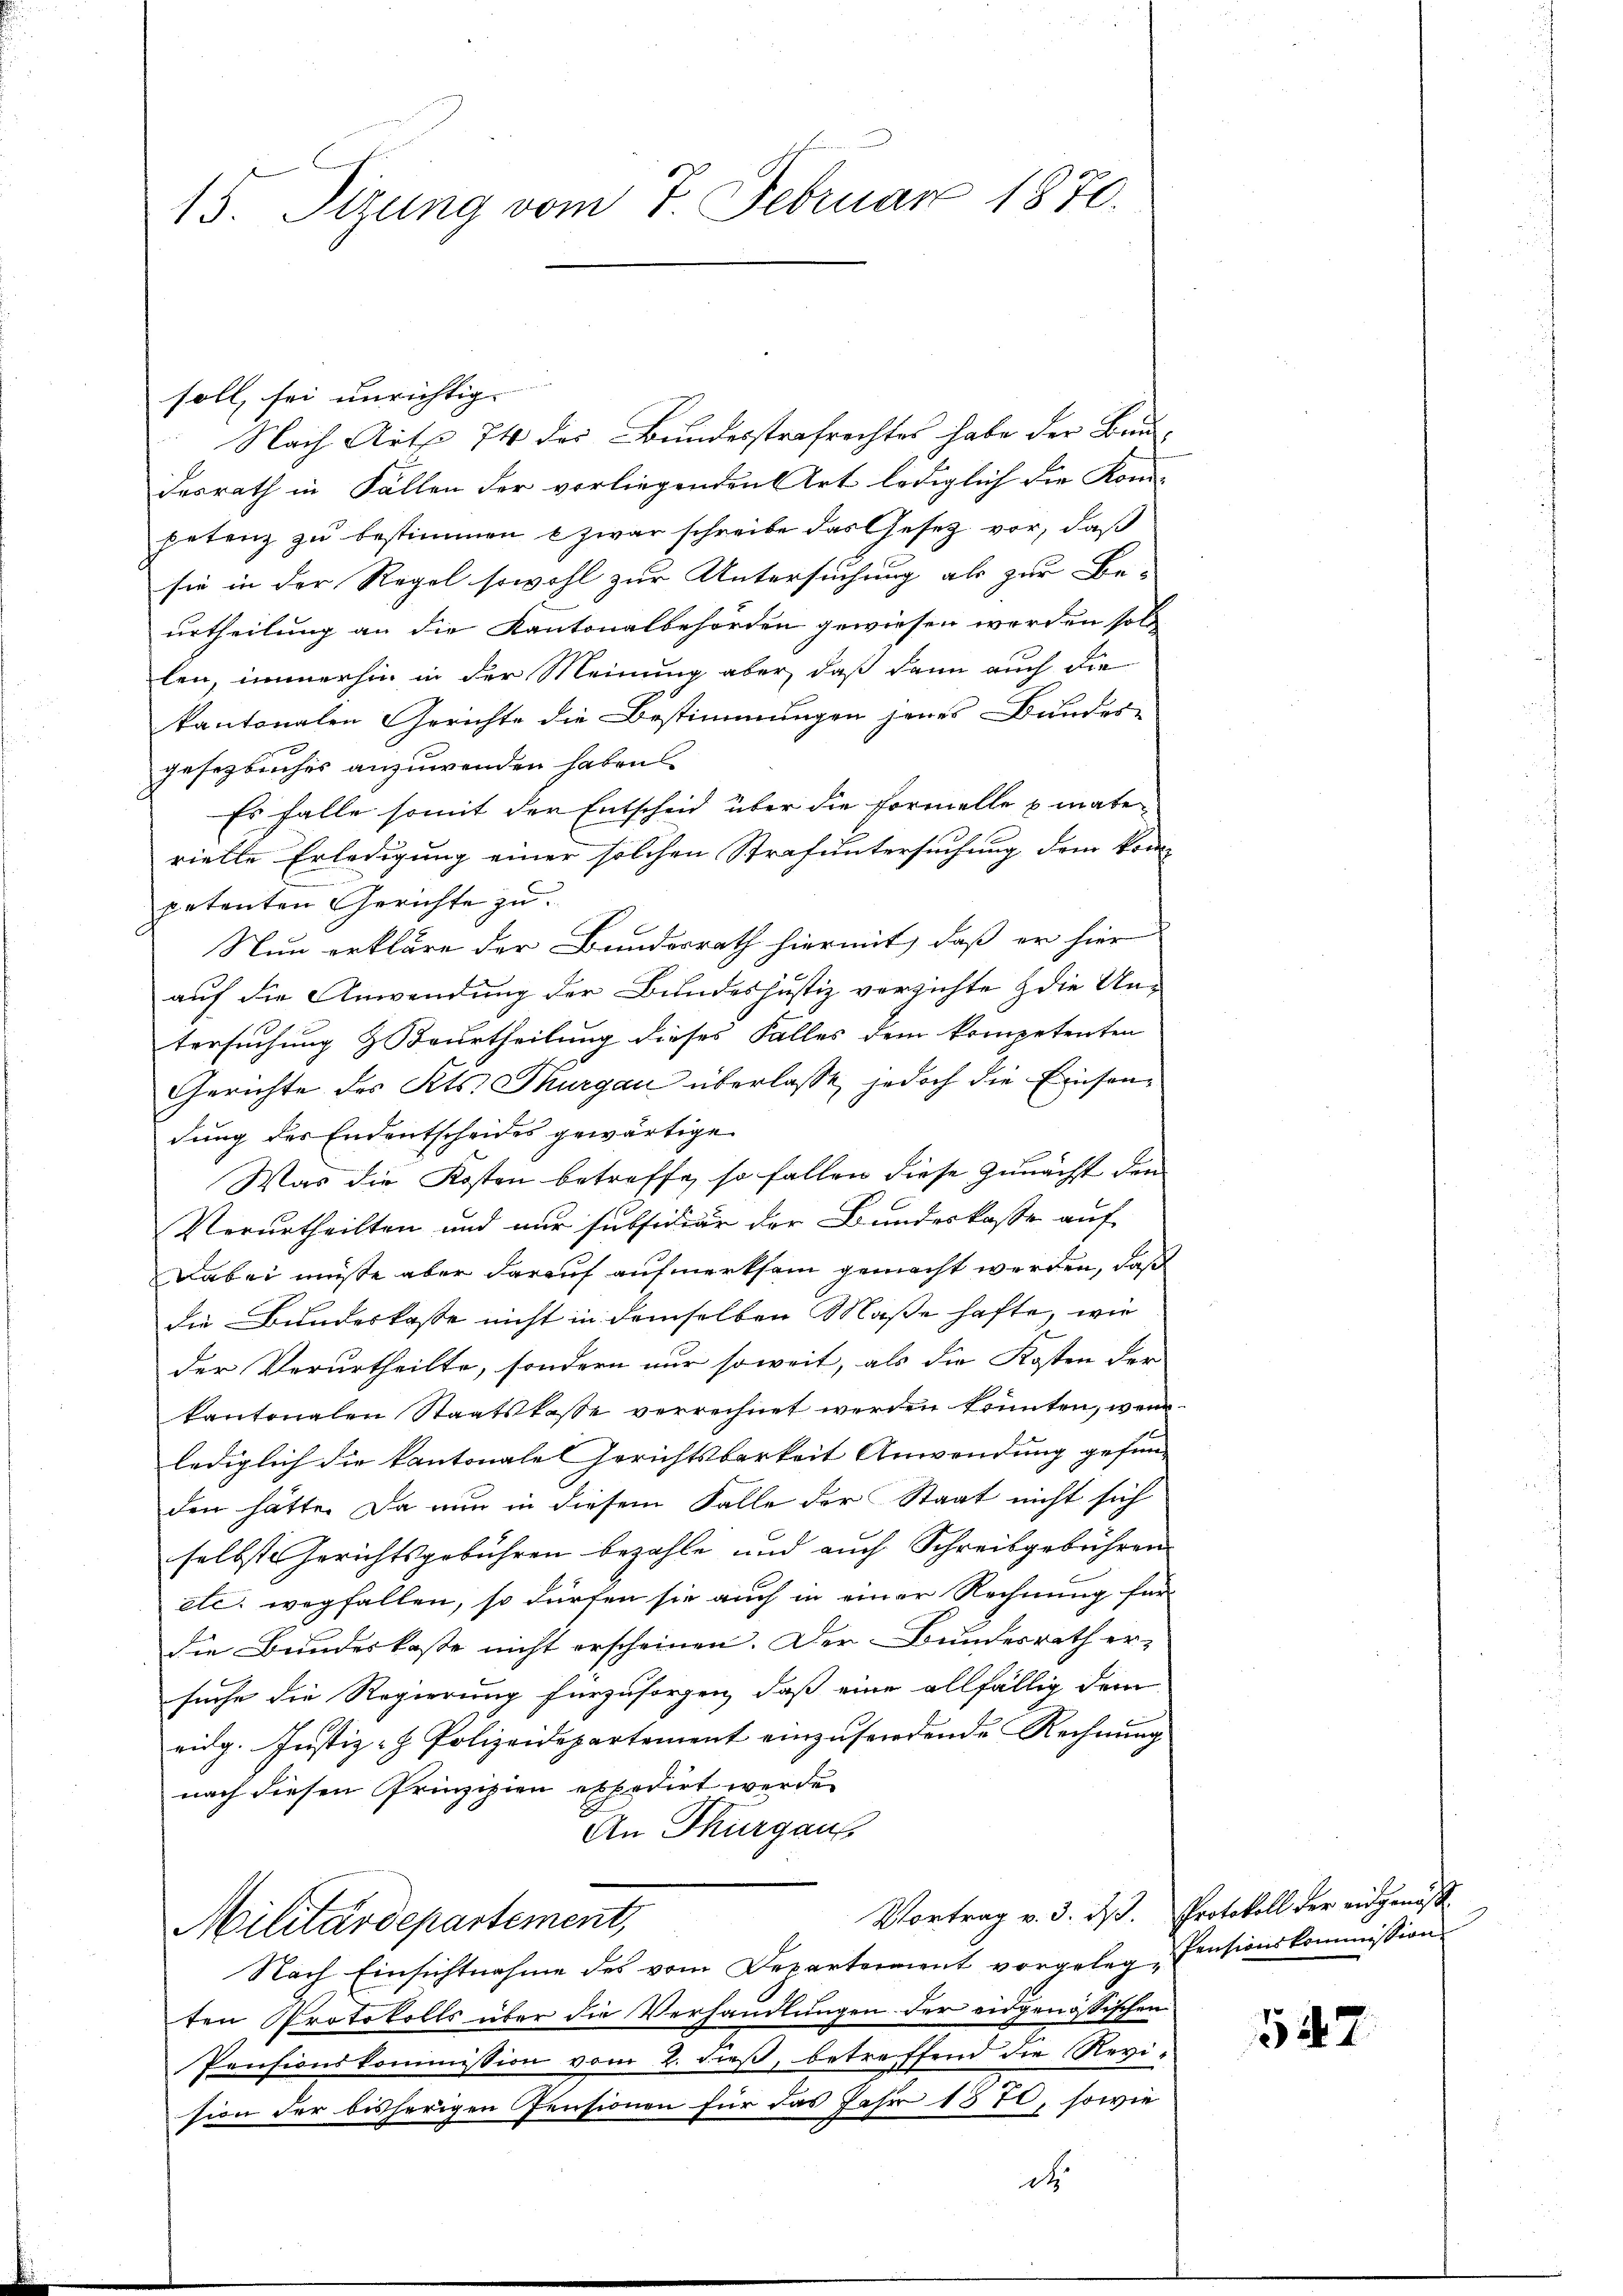
15. Sizung vom 7. Februar 1870.

soll, sei unrichtig.
Nach Art 74 des Bundesstrafrechtes habe der Bau-
desrath in Fällen der vorliegenden Art lediglich die Kom-
petenz zu bestimmen & zwar schreibe das Gesetz vor, daß
sie in der Regel sowohl zur Untersuchung als zur Be-
urtheilung an die Kantonalbehörden gewiesen werden soll
len, immerhin in der Meinung aber, daß dann auch die
kantonalen Gerichte die Bestimmungen jenes Bundes-
gesetzbuches anzuwenden haben
Es falle somit der Entscheid über die Formelle mate-
rielle Erledigung einer solchen Strafuntersuchung dem kompetenten Gerichte zu.
Nun erkläre der Bundesrath hiermit, daß er hier
auf die Anwendung der Bundes Justiz verzichte die Untersuchung & Beurtheilung dieses Falles dem kompetenten
Gerichte des Kts. Thurgau überlasse, jedoch die Einsendung des Endentscheides gewärtige
Was die Kosten betreffe, so fallen diese Zunächst den
Verurtheilten und nur subsidiär der Bundeskasse auf
Dabei müßte aber darauf aufmerksam gemacht werden, daß
die Bundeskasse nicht in demselben Maße hafte, wie
der Verurtheilte, sondern nur soweit, als die Kosten der |
kantonalen Staatskasse verrechnet werden könnten, wenn
lediglich die kantonale Gerichtsbarkeit Anwendung gefun-
den hätte. Da nun in diesem Falle der Staat nicht sich
selbst Gerichtsgebühren bezahle und auch Schreibgebühren
etc. wegfallen, so dürfen sie auch in einer Rechnung für
die Bundeskaste nicht erscheinen. Der Bundesrath er-
suche die Regierung fürzusorgen, daß eine allfällig dem
eidg. Justiz- & Polizeidepartement einzusendende Rechnung
nach diesen Prinzipien expedirt werde.
An Thurgaus
Vortrag v. 3. ds.
Militärdepartement,
Nach Einsichtnahme des vom Departerient vorgelegten Protokolls über die Verhandlungen der eidgenössischen
Pensionskommission vom 2. dieß, betreffend die Revi-
sion der bisherigen Pensionen für das Jahr 1870, sowie

.

.

Protokoll der eidgenöss
Pensionskommission

542